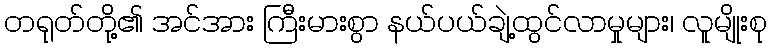
တရုတ်တို့၏ အင်အား ကြီးမားစွာ နယ်ပယ်ချဲ့ထွင်လာမှုများ၊ လူမျိုးစု